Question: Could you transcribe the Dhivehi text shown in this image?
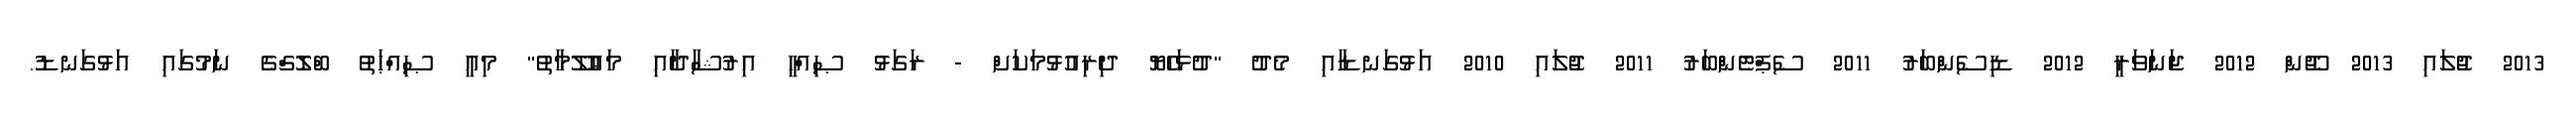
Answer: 2013 ޖުލައި 2013 ޖޫން 2012 ޖަނަވަރީ 2012 ޑިސެންބަރު 2011 ސެޕްޓެންބަރު 2011 ޖުލައި 2010 އަޅުގަނޑާއި މެދު "ދުޅަހެޔޮ ދިރިއުޅުމަކަށް - ރަގަޅު ޞިއްޙީ އިރުޝާދާއި މަޢުލޫމާތު" މިއީ ޞިއްޙަތު ބްލޮގްގެ ނަމުގައި އަޅުގަނޑު.